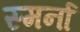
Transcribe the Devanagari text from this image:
स्मर्ना